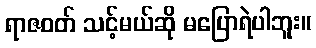
ရာဇဝတ် သင့်မယ်ဆို မပြောရဲပါဘူး။